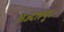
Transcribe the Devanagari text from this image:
अज्दाहपुर